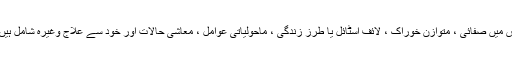
اس میں صفائی ، متوازن خوراک ، لائف اسٹائل یا طرز زندگی ، ماحولیاتی عوامل ، معاشی حالات اور خود سے علاج وغیرہ شامل ہیں ۔